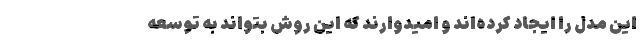
این مدل را ایجاد کرده‌اند و امیدوارند که این روش بتواند به توسعه